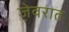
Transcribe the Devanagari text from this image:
जे़वरात